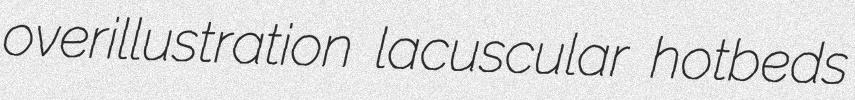
overillustration lacuscular hotbeds